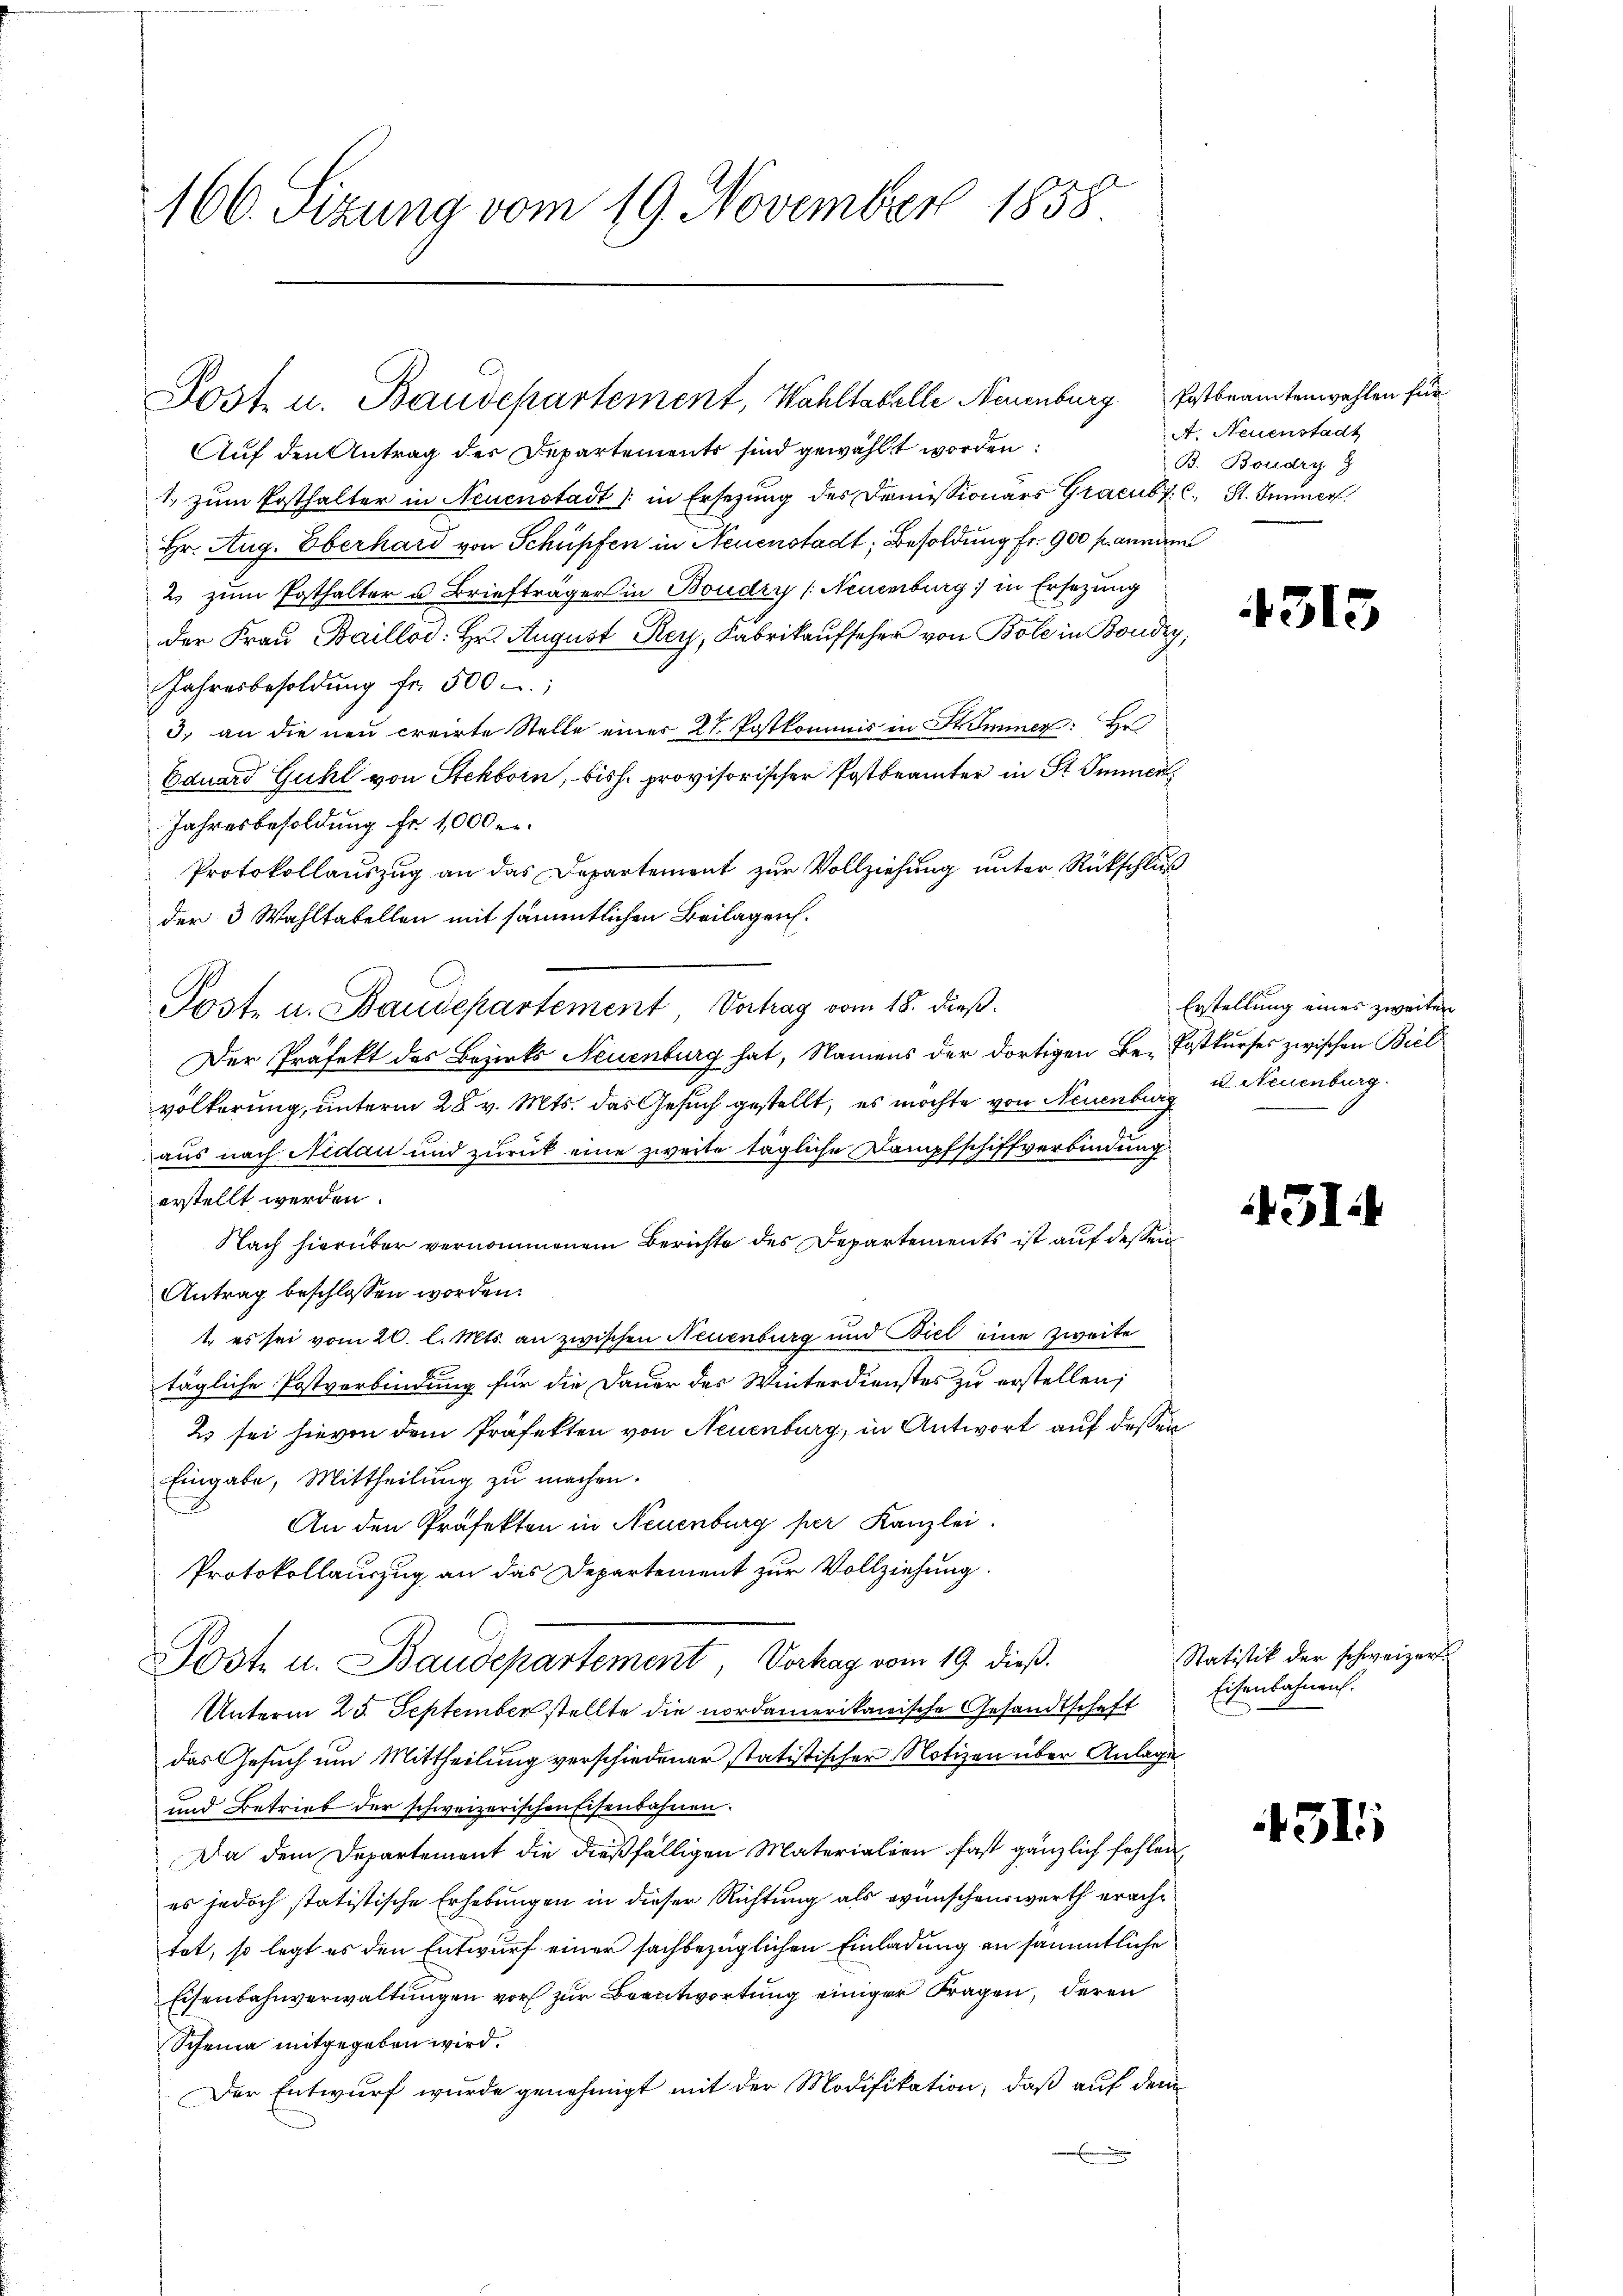
166. Sizung vom 19. November 1858

Post u. Baudepartement, Wahltabelle Neuenburg. Postbeamtenwahlen für

Auf den Antrag des Departements sind gewählt worden:
1. zum Posthalter in Neuenstadt (in Ersezung des Domissionars Gracubr. C. St. Immer
Hr. Aug. Eberhard von Schüpfen in Neuenstadt, Besoldung fr. 900 f. anmann
2. zum Pathalter u Briefträger in Boudry (Neuenburg in Ersetzung
der Fraŭ Baillos: Hr. August Rey, Fabrikaŭfseher von Bole in Boudry,
Jahresbesoldung fr. 500
3. an die neu creirte Stelle einer 21. Postkommis in Stimmer: Hr
Eduard Guhl von Stekborn, bish. provisorischer Postbeamter in St. Immer
Jahresbesoldung fr. 1000fr.
Protokollauszug an das Departement zur Vollziehung unter Rückschluß
der 3 Wahltabellen mit sämmtlichen Beilagen.
Post u. Baudepartement Vortrag vom 18. dieß.
Der Präfekt des Bezirks Neuenburg hat, Namens der dortigen Be-Postkurses zwischen Biel
völkerung, unterm 28. v. Mts. das Gesuch gestellt, es möchte von Neuenburg u Neuenburg
aus nach Nidau und zurück eine zweite tägliche Dampfschiffverbindung
erstellt werden.
Nach hierüber vernommenem Berichte des Departements ist auf dessen
Antrag beschlossen worden.
1. es sei vom 20. l. Mts. an zwischen Neuenburg und Biel eine zweite
tägliche Postverbindung für die Dauer des Winterdienstes zu erstellen;
2 sei hievon dem Präfekten von Neuenburg, in Antwort auf dessen
Eingabe, Mittheilung zu machen.
An den Präfekten in Neuenburg per Kanzlei.
Protokollauszug an das Departement zur Vollziehung.
Post u. Baudepartement, Vorhag vom 19. dieß.
Unterm 25. September stellte die nordamerikanische Gesandtschaft
das Gesuch um Mittheilung verschiedener statistischer Notizen über Anlage
und Betrieb der schweizerischen Eisenbahnen.
Da dem Departement die dießfälligen Materialien fast gänzlich fehlen,
es jedoch statistische Erhebungen in dieser Richtung als wünschenswerth erachtet, so legt es den Entwurf einer sachbezüglichen Einladung an sämmtliche
Eisenbahnverwaltungen vor zur Beantwortung einiger Fragen, deren
Scheina mitgegeben wird.
Der Entwurf wurde genehmigt mit der Modifikation, daß auf dem

A. Neuenstadt
B. Boudry

1313

Erstellung eines zweiten

431.

Statistik der schweizer.
Eisenbahnauf.

4511.